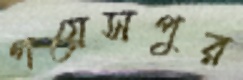
গয়েসপুর